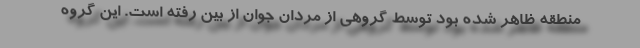
منطقه ظاهر شده بود توسط گروهی از مردان جوان از بین رفته است. این گروه